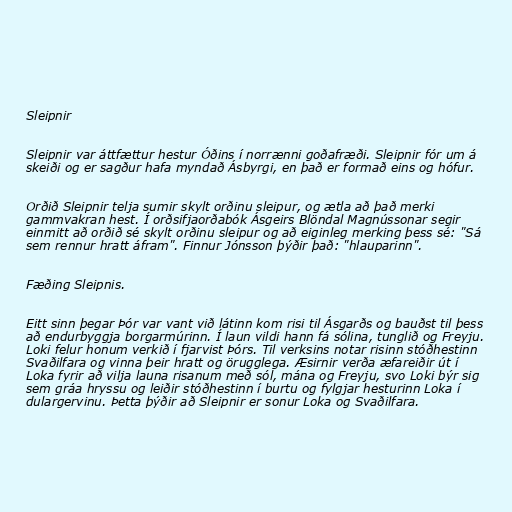
Sleipnir

Sleipnir var áttfættur hestur Óðins í norrænni goðafræði. Sleipnir fór um á
skeiði og er sagður hafa myndað Ásbyrgi, en það er formað eins og hófur.

Orðið Sleipnir telja sumir skylt orðinu sleipur, og ætla að það merki
gammvakran hest. Í orðsifjaorðabók Ásgeirs Blöndal Magnússonar segir
einmitt að orðið sé skylt orðinu sleipur og að eiginleg merking þess sé: "Sá
sem rennur hratt áfram". Finnur Jónsson þýðir það: "hlauparinn".

Fæðing Sleipnis.

Eitt sinn þegar Þór var vant við látinn kom risi til Ásgarðs og bauðst til þess
að endurbyggja borgarmúrinn. Í laun vildi hann fá sólina, tunglið og Freyju.
Loki felur honum verkið í fjarvist Þórs. Til verksins notar risinn stóðhestinn
Svaðilfara og vinna þeir hratt og örugglega. Æsirnir verða æfareiðir út í
Loka fyrir að vilja launa risanum með sól, mána og Freyju, svo Loki býr sig
sem gráa hryssu og leiðir stóðhestinn í burtu og fylgjar hesturinn Loka í
dulargervinu. Þetta þýðir að Sleipnir er sonur Loka og Svaðilfara.